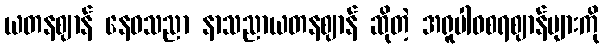
ယတနဈာန် နေဝသညာ နာသညာယတနဈာန် ဆိုတဲ့ အရူပါဝစရဈာန်များကို